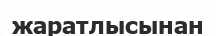
жаратлысынан